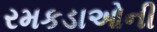
રમકડાઓની